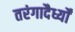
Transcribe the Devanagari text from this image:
तरंगादैर्ध्यों